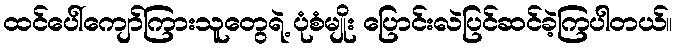
ထင်ပေါ်ကျော်ကြားသူတွေရဲ့ ပုံစံမျိုး ပြောင်းလဲပြင်ဆင်ခဲ့ကြပါတယ်။